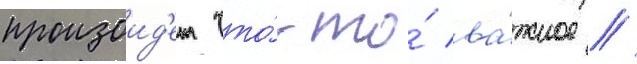
произоид'ет что́-то́ ва́жное //